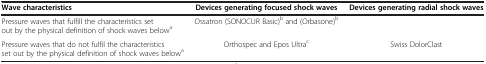
| Wave characteristics | Devices generating focused shock waves | Devices generating radial shock waves |
 | --- | --- | --- |
 | Pressure waves that fulfill the characteristics set out by the physical definition of shock waves belowa | Ossatron (SONOCUR Basic)b and (Orbasone)b |  |
 | Pressure waves that do not fulfil the characteristics set out by the physical definition of shock waves belowa | Orthospec and Epos Ultrac | Swiss DolorClast |